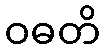
ဝဓတိ